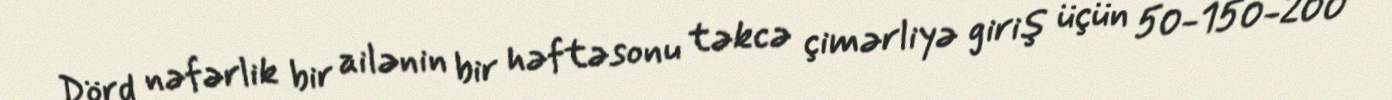
Dörd nəfərlik bir ailənin bir həftəsonu təkcə çimərliyə giriş üçün 50-150-200